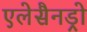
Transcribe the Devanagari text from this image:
एलेसैनड्रो